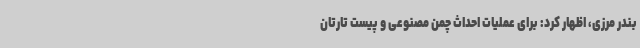
بندر مرزی، اظهار کرد: برای عملیات احداث چمن مصنوعی و پیست تارتان